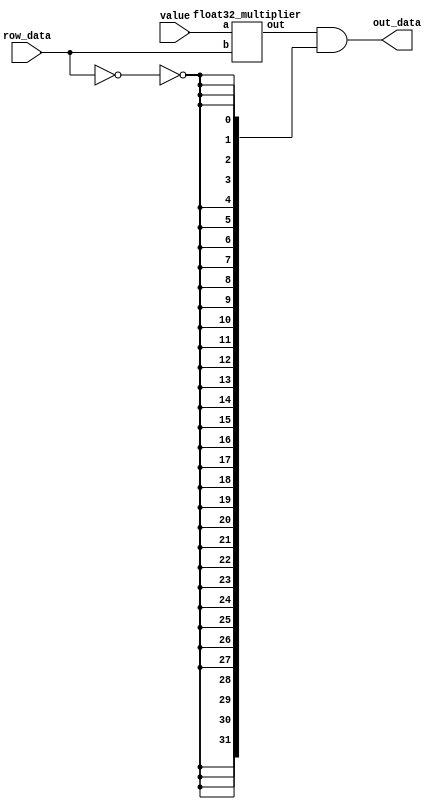
module IMU_fp    
            // currently fixed point 32b. 
            // performs value x an element of row
                                (out_data, // MU_valid, 
                                //CBB_valid, 
                                value, row_data); //combinatorial, no clk or reset

    output [31:0] out_data; // still terminates as reg
    //output CBB_valid;

    input [31:0] value;
    input [31:0] row_data;
    //input clk;
    //input rst;

    wire check_zero;
    wire [31:0]mult_out;
    
    assign check_zero = (row_data == 32'b0); 
    
    float32_multiplier fpmult(value, row_data, mult_out);
    
    assign out_data = mult_out & {32{~check_zero}};
    /*
    always @(*) 
        begin
            if (check_zero) begin
                assign out_data = 32'b0;
            end else begin  
                assign out_data = mult_out;
            end
        end
    */
endmodule

module float32_multiplier (
    a, b, out
);
    input [31:0] a;   // Input float 1
    input [31:0] b;   // Input float 2
    output [31:0] out; // Output float

    // Splitting inputs into sign, exponent, and mantissa
    wire sign_a = a[31];
    wire [7:0] exponent_a = a[30:23];
    wire [22:0] mantissa_a = a[22:0];

    wire sign_b = b[31];
    wire [7:0] exponent_b = b[30:23];
    wire [22:0] mantissa_b = b[22:0];

    // Calculating the sign of the result
    wire out_sign = sign_a ^ sign_b;

    // Calculating the exponent of the result
    wire [8:0] exponent_sum = {1'b0, exponent_a} + {1'b0, exponent_b} - 8'd127;

    // Adding hidden 1 to the mantissas for normalized numbers
    wire [23:0] normalized_mantissa_a = {1'b1, mantissa_a};
    wire [23:0] normalized_mantissa_b = {1'b1, mantissa_b};

    // Multiplying mantissas
    wire [47:0] mantissa_product = normalized_mantissa_a * normalized_mantissa_b;

    // Normalizing the mantissa product and adjusting the exponent
    wire [7:0] out_exponent;
    wire [22:0] out_mantissa;

    assign out_exponent = (mantissa_product[47]) ? exponent_sum[7:0] + 1 : exponent_sum[7:0];
    assign out_mantissa = (mantissa_product[47]) ? mantissa_product[46:24] : mantissa_product[45:23];

    // Constructing the output
    assign out = {out_sign, out_exponent, out_mantissa};

endmodule